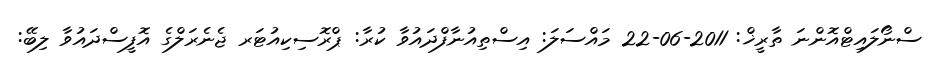
ސްނޯލައިޓްއޮންނަ ތާރީޚް: 2011-06-22 މައްސަލަ: އިސްތިއުނާފްދައުވާ ކުރާ: ޕްރޮސިކިއުޓަރ ޖެނެރަލްގެ އޮފީސްދައުވާ ލިބޭ: